Indian journal of veterinary science and animal husbandry - Volumes 28-29, 1958-1959
Year: 1958
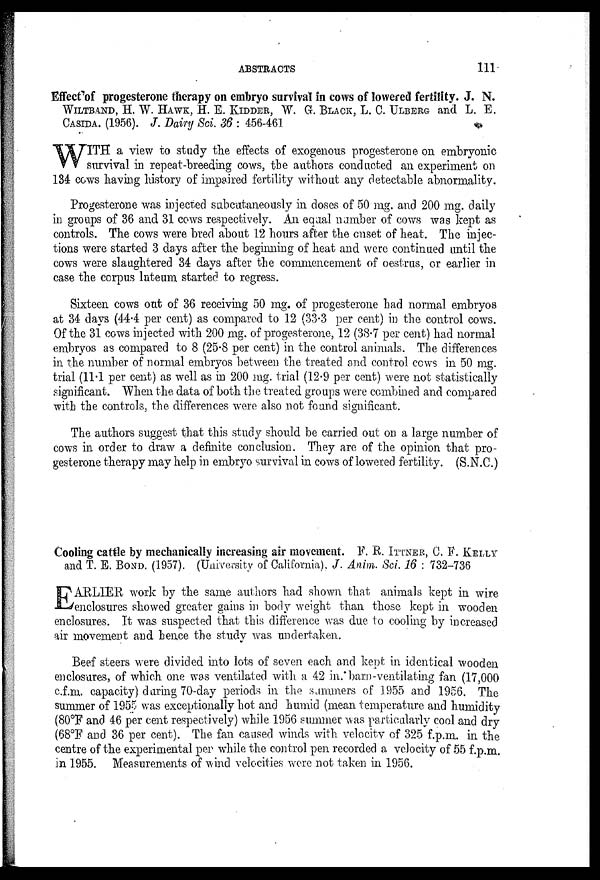
ABSTRACTS
111
Effect of progesterone therapy on embryo survival in cows of lowered fertility. J. N.
WILTBAND, H. W. HAWK, H. E. KIDDER, W. G. BLACK, L. C. ULBERG and L. E.
CASIDA. (1956). J. Dairy Sci. 36 : 456-461
W ITH a view to study the effects of exogenous progesterone on embryonic
survival in repeat-breeding cows, the authors conducted an experiment on
134 cows having history of impaired fertility without any detectable abnormality.
Progesterone was injected subcutaneously in doses of 50 mg. and 200 mg. daily
in groups of 36 and 31 cows respectively. An equal number of cows was kept as
controls. The cows were bred about 12 hours after the onset of heat. The injec-
tions were started 3 days after the beginning of heat and were continued until the
cows were slaughtered 34 days after the commencement of oestrus, or earlier in
case the corpus luteum started to regress.
Sixteen cows out of 36 receiving 50 mg. of progesterone had normal embryos
at 34 days (44.4 per cent) as compared to 12 (33.3 per cent) in the control cows.
Of the 31 cows injected with 200 mg. of progesterone, 12 (38.7 per cent) had normal
embryos as compared to 8 (25.8 per cent) in the control animals. The differences
in the number of normal embryos between the treated and control cows in 50 mg.
trial (11.1 per cent) as well as in 200 mg. trial (12.9 per cent) were not statistically
significant. When the data of both the treated groups were combined and compared
with the controls, the differences were also not found significant.
The authors suggest that this study should be carried out on a large number of
cows in order to draw a definite conclusion. They are of the opinion that pro-
gesterone therapy may help in embryo survival in cows of lowered fertility. (S.N.C.)
Cooling cattle by mechanically increasing air movement. F. R. ITTNER, C. F. KELLY
and T. E. BOND. (1957). (University of California), J. Anim. Sci. 16 : 732-736
E ARLIER work by the same authors had shown that animals kept in wire
enclosures showed greater gains in body weight than those kept in wooden
enclosures. It was suspected that this difference was due to cooling by increased
air movement and hence the study was undertaken.
Beef steers were divided into lots of seven each and kept in identical wooden
enclosures, of which one was ventilated with a 42 in. barn-ventilating fan (17,000
c.f.m. capacity) during, 70-day periods in the summers of 1955 and 1956. The
summer of 1955 was exceptionally hot and humid (mean temperature and humidity
(80°F and 46 per cent respectively) while 1956 summer was particularly cool and dry
(68°F and 36 per cent). The fan caused winds with velocity of 325 f.p.m. in the
centre of the experimental per while the control pen recorded a velocity of 55 f.p.m.
in 1955. Measurements of wind velocities were not taken in 1956.